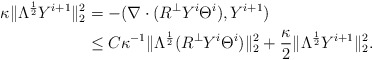
\begin{align*}\kappa\|\Lambda^{\frac{1}{2}}Y^{i+1}\|_2^2&=-(\nabla\cdot(R^\perp Y^i\Theta^i), Y^{i+1})\\&\leq C\kappa^{-1}\|\Lambda^{\frac{1}{2}}(R^\perp Y^{i}\Theta^i)\|_2^2+\frac{\kappa}{2}\|\Lambda^{\frac{1}{2}}Y^{i+1}\|_2^2.\end{align*}